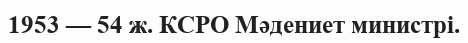
1953 — 54 ж. КСРО Мәдениет министрі.